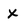
Character: x